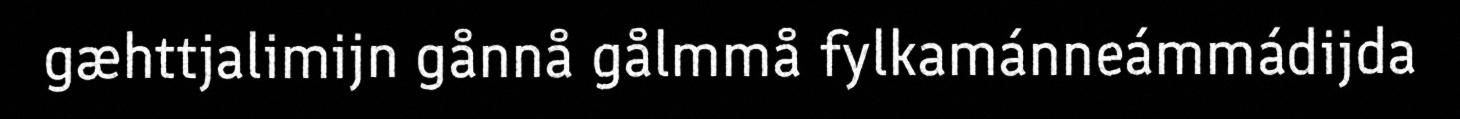
gæhttjalimijn gånnå gålmmå fylkamánneámmádijda